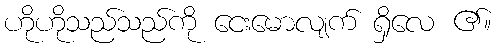
ဟိုဟိုသည်သည်ကို ငေးမောလျက် ရှိလေ ၏။